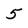
Character: 5